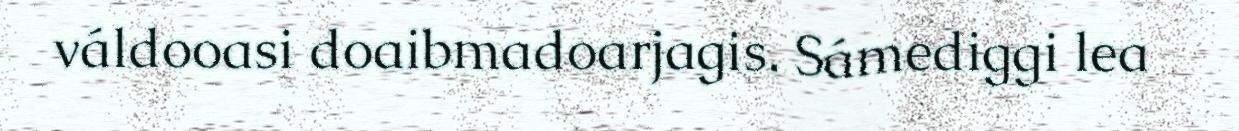
váldooasi doaibmadoarjagis. Sámediggi lea